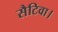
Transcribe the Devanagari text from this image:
सैटिवा।